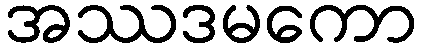
အဿဒမကော